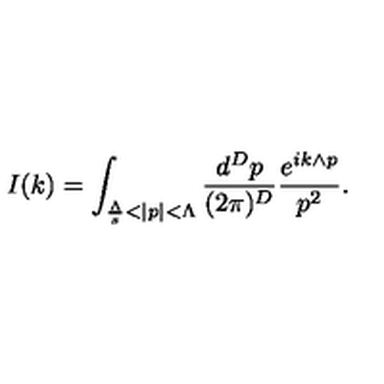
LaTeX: I ( k ) = \int _ { \frac { \Lambda } { s } < | p | < \Lambda } \frac { d ^ { D } p } { ( 2 \pi ) ^ { D } } \frac { e ^ { i k \wedge p } } { p ^ { 2 } } .